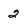
Character: 2